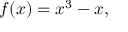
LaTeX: f ( x ) = x ^ { 3 } - x ,